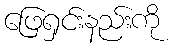
ဖြေရှင်းနည်းကို